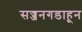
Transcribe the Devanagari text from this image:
सज्जनगडाहून